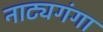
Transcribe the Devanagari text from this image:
नाट्यगंगा